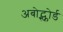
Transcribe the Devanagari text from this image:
अबोट्स्फोर्ड